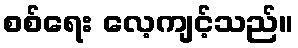
စစ်ရေး လေ့ကျင့်သည်။